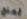
لمنع